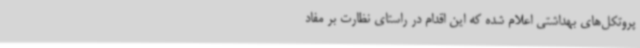
پروتکل‌های بهداشتی اعلام شده که این اقدام در راستای نظارت بر مفاد